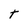
Character: T